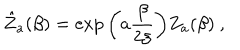
\hat { Z } _ { a } ( \beta ) = \exp \bigg ( a { \frac { \beta } { 2 \xi } } \bigg ) Z _ { a } ( \beta ) \ ,